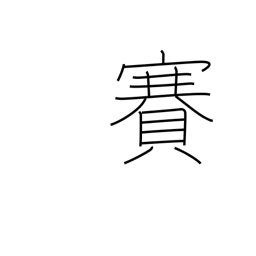
Meaning: temple visit